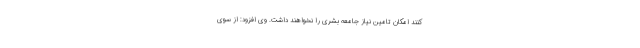
کنند امکان تامین نیاز جامعه بشری را نخواهند داشت. وی افزود: از سوی